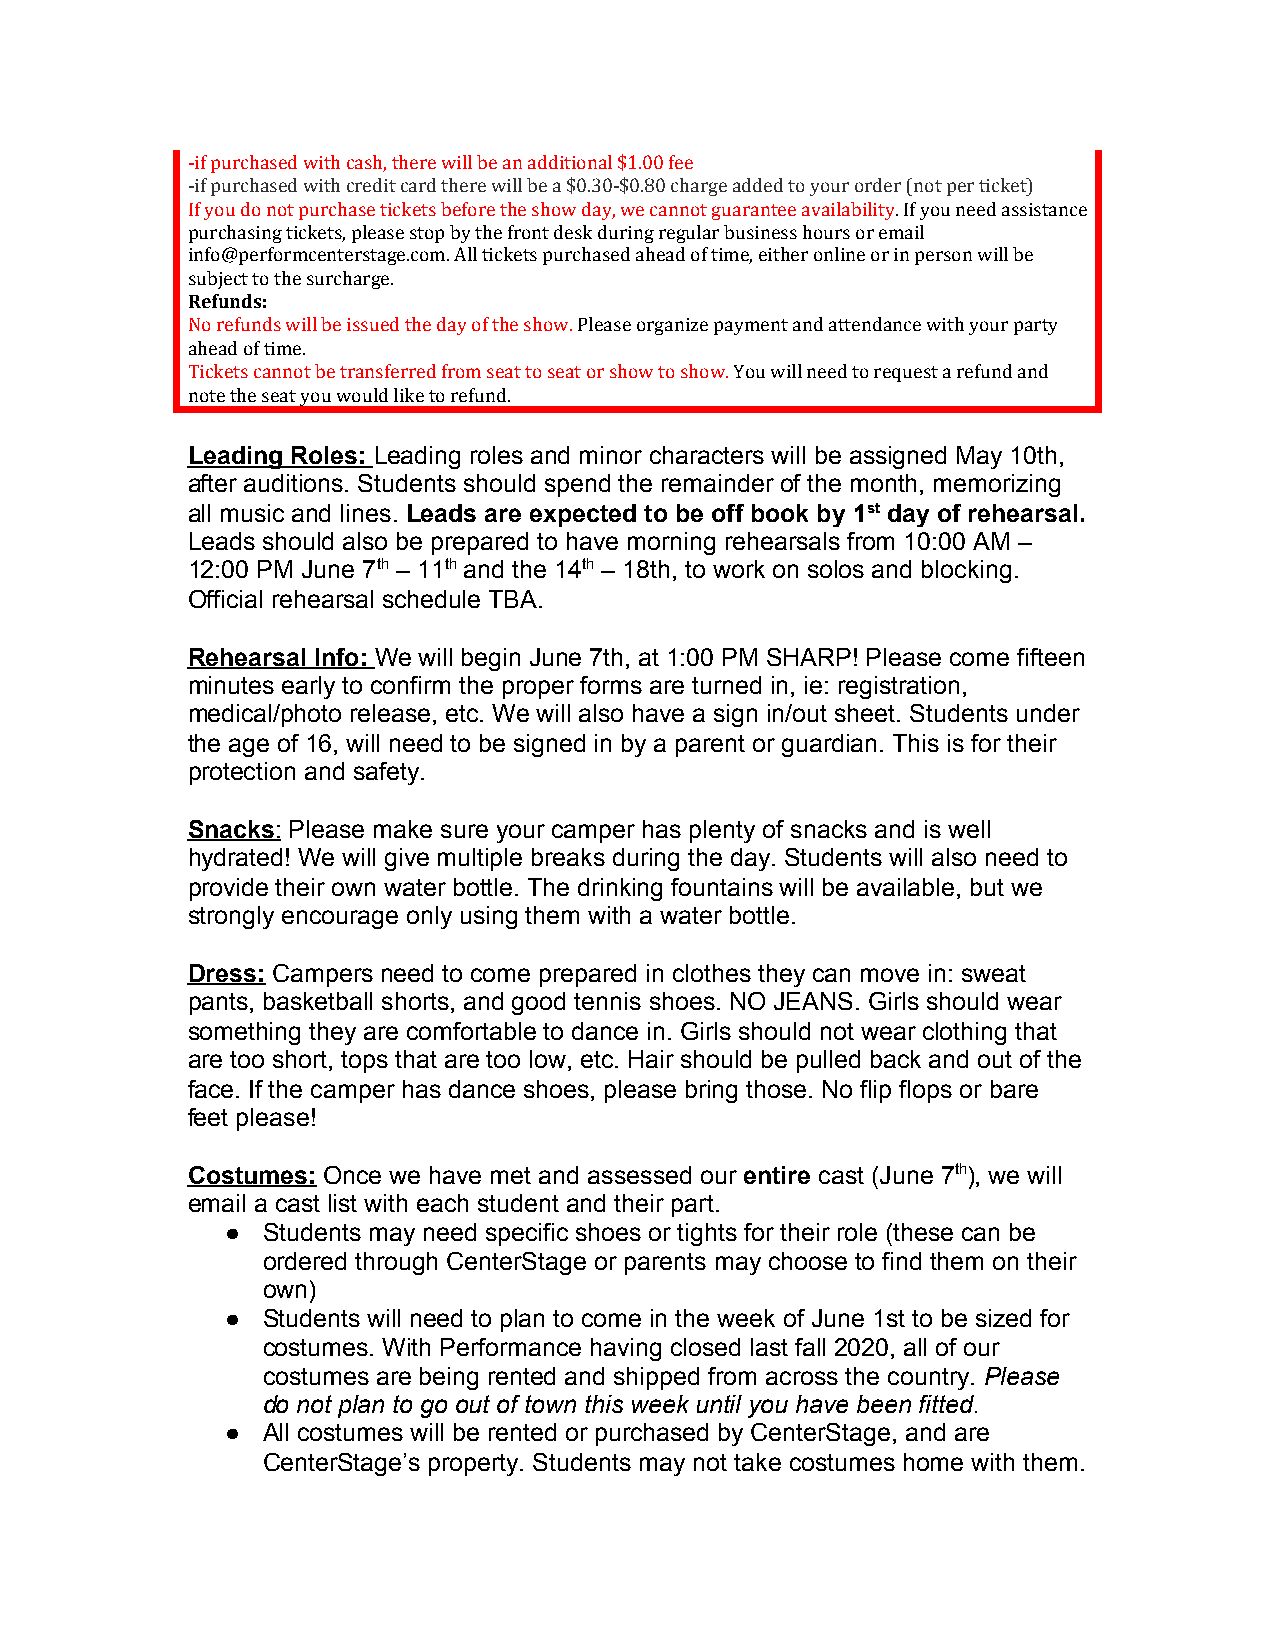
-if purchased with cash, there will be an additional $1.00 fee
 -if purchased with credit card there will be a $0.30-$0.80 charge added to your order (not per ticket)
 If you do not purchase tickets before the show day, we cannot guarantee availability. If you need assistance
 ​
 purchasing tickets, please stop by the front desk during regular business hours or email
 info@performcenterstage.com. All tickets purchased ahead of time, either online or in person will be
 subject to the surcharge.
 Refunds:
 No refunds will be issued the day of the show. Please organize payment and attendance with your party
 ​
 ahead of time.
 Tickets cannot be transferred from seat to seat or show to show. You will need to request a refund and
 ​
 note the seat you would like to refund.
 Leading Roles: Leading roles and minor characters will be assigned May 10th,
 ​
 after auditions. Students should spend the remainder of the month, memorizing
 all music and lines. Leads are expected to be off book by 1st day of rehearsal.
 ​
 ​                             ​
 Leads should also be prepared to have morning rehearsals from 10:00 AM –
 12:00 PM June 7th – 11th and the 14th – 18th, to work on solos and blocking.
 ​   ​        ​
 ​   ​         ​
 Official rehearsal schedule TBA.
 Rehearsal Info: We will begin June 7th, at 1:00 PM SHARP! Please come fifteen
 ​
 minutes early to confirm the proper forms are turned in, ie: registration,
 medical/photo release, etc. We will also have a sign in/out sheet. Students under
 the age of 16, will need to be signed in by a parent or guardian. This is for their
 protection and safety.
 Snacks: Please make sure your camper has plenty of snacks and is well
 ​ ​
 hydrated! We will give multiple breaks during the day. Students will also need to
 provide their own water bottle. The drinking fountains will be available, but we
 strongly encourage only using them with a water bottle.
 Dress: Campers need to come prepared in clothes they can move in: sweat
 ​
 pants, basketball shorts, and good tennis shoes. NO JEANS. Girls should wear
 something they are comfortable to dance in. Girls should not wear clothing that
 are too short, tops that are too low, etc. Hair should be pulled back and out of the
 face. If the camper has dance shoes, please bring those. No flip flops or bare
 feet please!
 Costumes: Once we have met and assessed our entire cast (June 7th), we will
 ​
 ​                           ​    ​        ​
 email a cast list with each student and their part.
 ● Students may need specific shoes or tights for their role (these can be
 ordered through CenterStage or parents may choose to find them on their
 own)
 ● Students will need to plan to come in the week of June 1st to be sized for
 costumes. With Performance having closed last fall 2020, all of our
 costumes are being rented and shipped from across the country. Please
 ​
 do not plan to go out of town this week until you have been fitted.
 ● All costumes will be rented or purchased by CenterStage, and are
 CenterStage’s property. Students may not take costumes home with them.